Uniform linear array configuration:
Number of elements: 16
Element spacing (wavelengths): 0.25
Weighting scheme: uniform
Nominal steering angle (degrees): -60
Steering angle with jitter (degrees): -60.523
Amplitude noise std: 0.05
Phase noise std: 0.05

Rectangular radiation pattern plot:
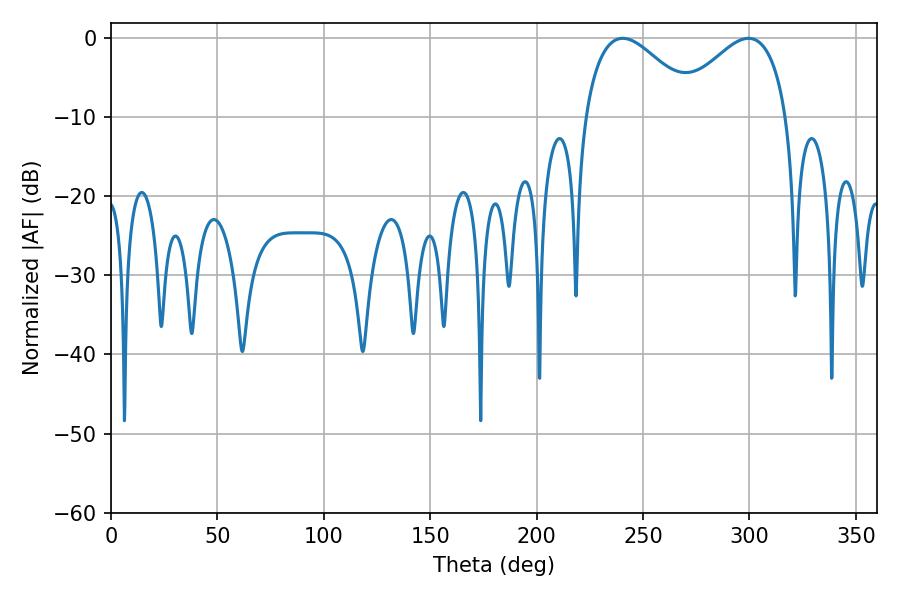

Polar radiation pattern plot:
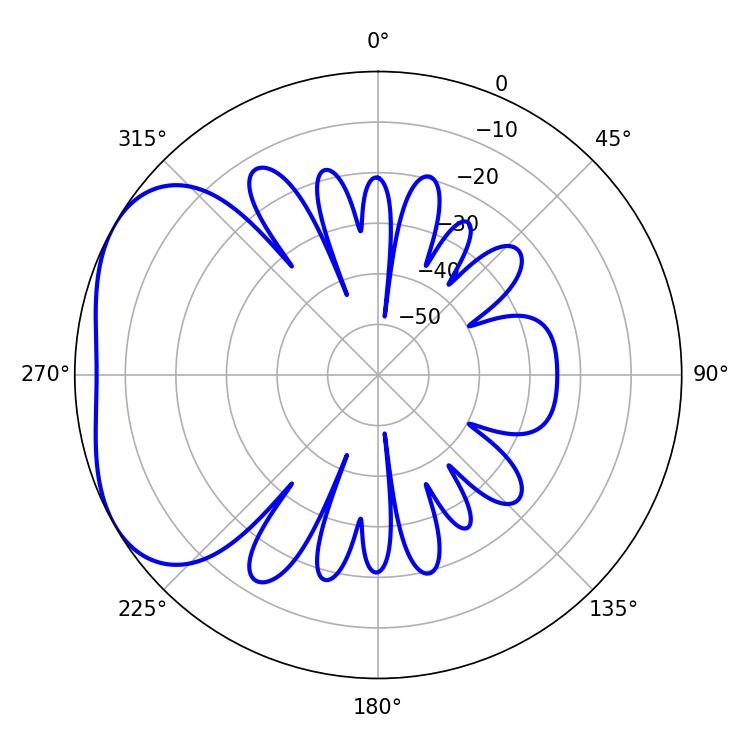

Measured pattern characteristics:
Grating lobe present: FALSE
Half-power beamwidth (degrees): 28.98
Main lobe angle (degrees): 240.48